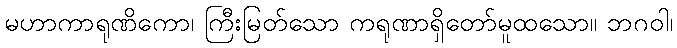
မဟာကာရုဏိကော၊ ကြီးမြတ်သော ကရုဏာရှိတော်မူထသော။ ဘဂဝါ၊